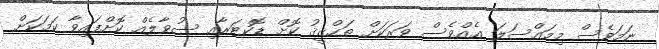
ނަމަވެސް މިމައްސަލަ އެއްވެސް ވަރަކަށް ތަޙްޤީޤު ކޮށް ޑޮކްޓަރާއި ސުވާލެއް ކޮށްފައިވާ ކަމަކަށް